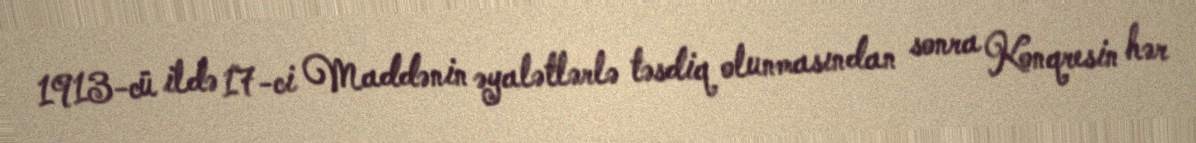
1913-cü ildə 17-ci Maddənin əyalətlərlə təsdiq olunmasından sonra Konqresin hər